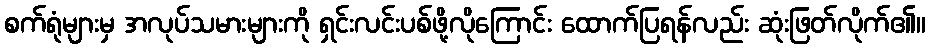
စက်ရုံများမှ အလုပ်သမားများကို ရှင်းလင်းပစ်ဖို့လိုကြောင်း ထောက်ပြရန်လည်း ဆုံးဖြတ်လိုက်၏။